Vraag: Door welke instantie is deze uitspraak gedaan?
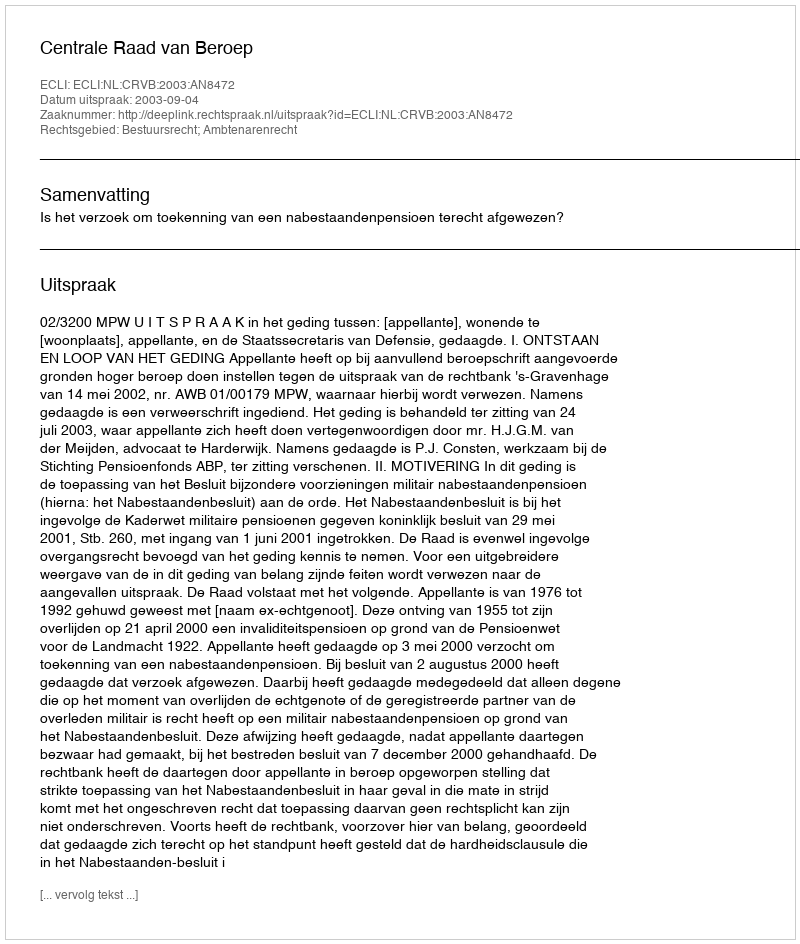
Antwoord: Centrale Raad van Beroep